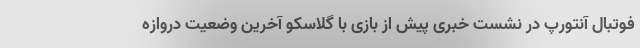
فوتبال آنتورپ در نشست خبری پیش از بازی با گلاسکو آخرین وضعیت دروازه